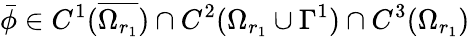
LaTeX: \bar{\phi}\in C^{1}(\overline{{\Omega_{r_{1}}}})\cap C^{2}(\Omega_{r_{1}}\cup\Gamma^{1})\cap C^{3}(\Omega_{r_{1}})